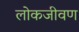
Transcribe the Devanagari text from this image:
लोकजीवण